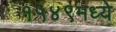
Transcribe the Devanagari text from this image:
१५४९मध्ये